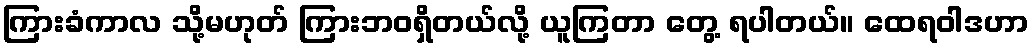
ကြားခံကာလ သို့မဟုတ် ကြားဘဝရှိတယ်လို့ ယူကြတာ တွေ့ ရပါတယ်။ ထေရဝါဒဟာ